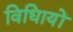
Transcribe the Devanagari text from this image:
विधिायों